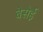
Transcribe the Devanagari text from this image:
बेसेई